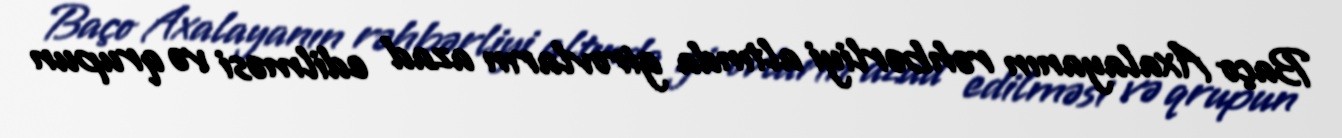
Baço Axalayanın rəhbərliyi altında girovların azad edilməsi və qrupun